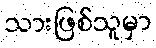
သားဖြစ်သူမှာ